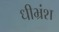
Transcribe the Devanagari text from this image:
धीभ्रंश